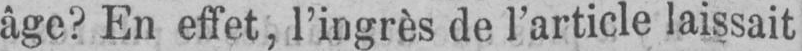
âge? En effet, l’ingrès de l’article laissait